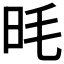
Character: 𪰌